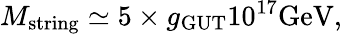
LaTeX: M_{\mathrm{string}}\simeq 5\times g_{\mathrm{GUT}}10^{17}\mathrm{GeV},